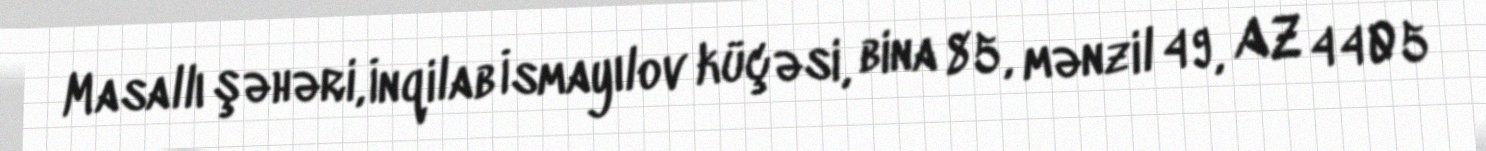
Masallı şəhəri, İnqilab İsmayılov küçəsi, bina 85, mənzil 49, AZ 4405